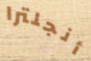
أنجلترا